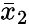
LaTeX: {\bar{x}}_{2}